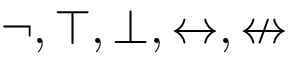
\neg , \top , \bot , \leftrightarrow , \nleftrightarrow